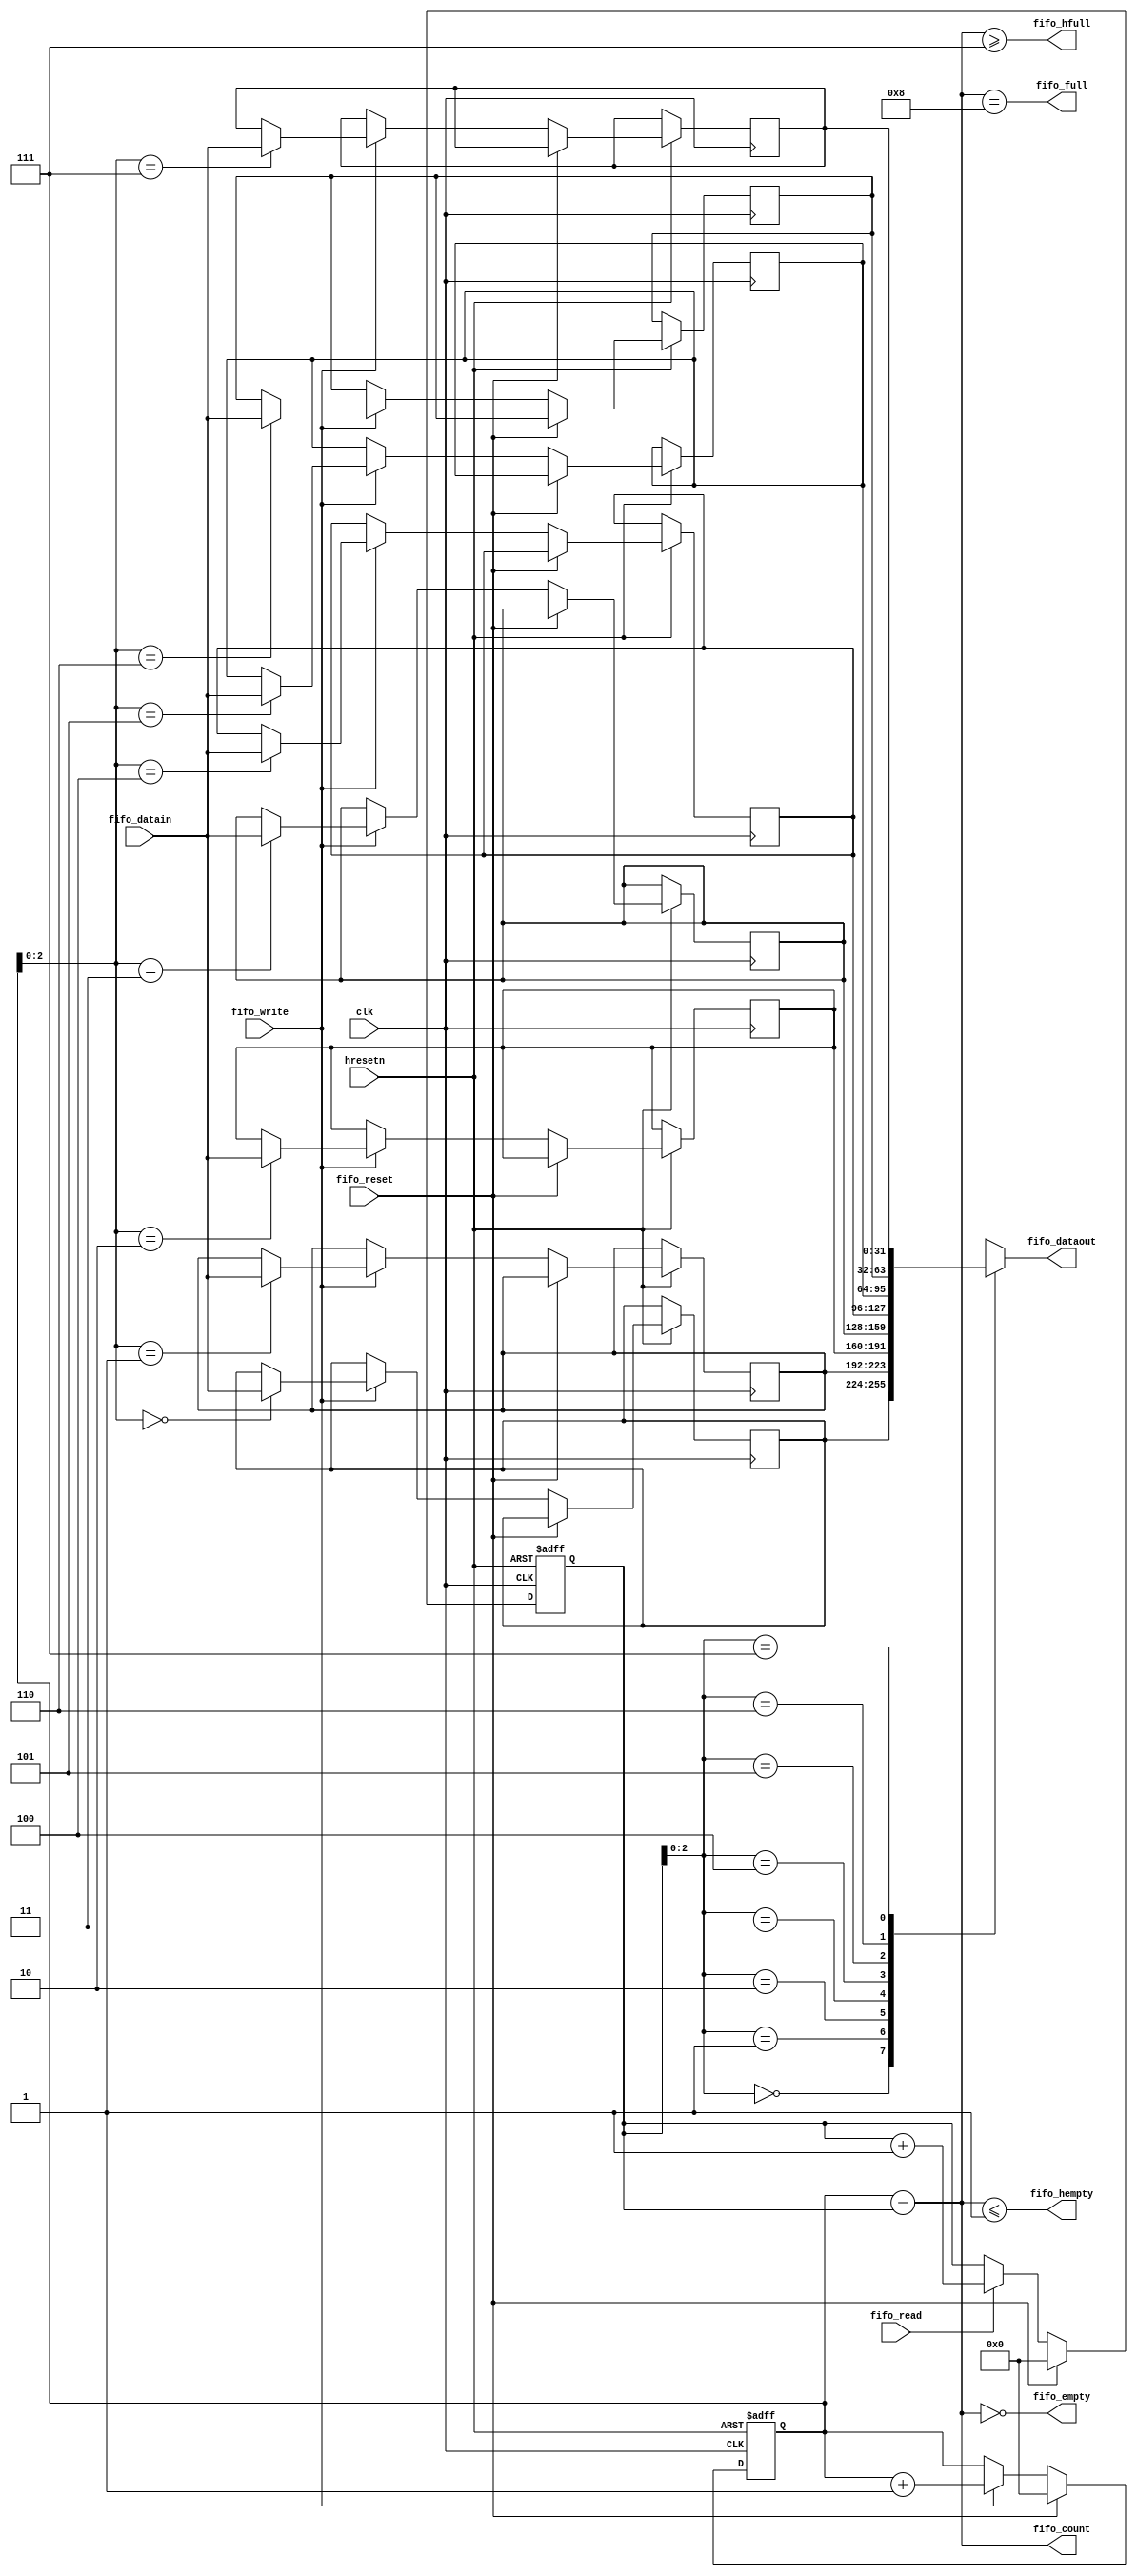
module fifo (
  clk, hresetn,
  fifo_reset,
  fifo_write,
  fifo_read,
  fifo_count,
  fifo_full,
  fifo_hfull,
  fifo_empty,
  fifo_hempty,
  fifo_datain,
  fifo_dataout
);
input         clk, hresetn;
input         fifo_reset;
input         fifo_write;
input         fifo_read;
output [3:0]  fifo_count;
output        fifo_full;
output        fifo_hfull;
output        fifo_empty;
output        fifo_hempty;
input  [31:0] fifo_datain;
output [31:0] fifo_dataout;

parameter fifohempty_level = 1;
parameter fifohfull_level = 7;
parameter fifo_length = 8;

wire          fifo_full_s, fifo_empty_s;
wire   [3:0]  fifo_count_s;
reg    [3:0]  rptr, wptr;
reg    [31:0] fifo [fifo_length-1:0];

always @(posedge clk or negedge hresetn) begin
  if (~hresetn) begin
    wptr <= 4'd0;
  end
  else begin
    if (fifo_reset) begin
      wptr <= 4'd0;
    end
    else if (fifo_write) begin
      fifo[wptr[2:0]] <= fifo_datain;
      wptr <= wptr + 4'd1;
    end
  end
end

always @(posedge clk or negedge hresetn) begin
  if (~hresetn) begin
    rptr <= 4'd0;
  end
  else begin
    if (fifo_reset) begin
      rptr <= 4'd0;
    end
    else if (fifo_read) begin
      rptr <= rptr + 4'd1;
    end
  end
end

assign fifo_dataout = fifo[rptr[2:0]];

assign fifo_count_s = wptr - rptr;
	
assign fifo_full_s  = (fifo_count_s==fifo_length);
assign fifo_empty_s = (fifo_count_s==4'd0);

assign fifo_hfull   = (fifo_count_s>=fifohfull_level);
assign fifo_hempty  = (fifo_count_s<=fifohempty_level);				
assign fifo_full    = fifo_full_s;
assign fifo_empty   = fifo_empty_s;
assign fifo_count   = fifo_count_s;

endmodule // fifo


// -------------------------------------------------------
// Copyright (c) 2000 Jasper Design Automation, Inc.
//
// All rights reserved.
//
// Jasper Design Automation Proprietary and Confidential.
// -------------------------------------------------------